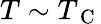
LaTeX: T\sim T_{\mathrm{~C~}}